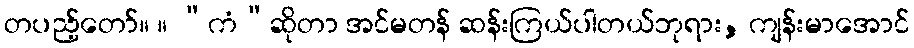
တပည့်တော်။ ။ “ကံ”ဆိုတာ အင်မတန် ဆန်းကြယ်ပါတယ်ဘုရား, ကျန်းမာအောင်